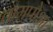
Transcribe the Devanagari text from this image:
वामपोआ